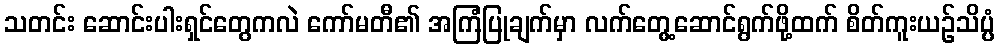
သတင်း ဆောင်းပါးရှင်တွေကလဲ ကော်မတီ၏ အကြံပြုချက်မှာ လက်တွေ့ဆောင်ရွက်ဖို့ထက် စိတ်ကူးယဉ်သိပ္ပံ